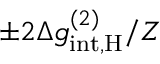
\pm 2 \Delta g _ { \mathrm { i n t , \mathrm { H } } } ^ { ( 2 ) } / Z